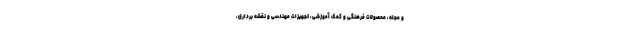
و مجله، محصولات فرهنگی و کمک آموزشی، تجهیزات مهندسی و نقشه برداری،